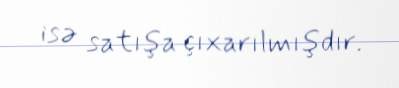
isə satışa çıxarılmışdır.